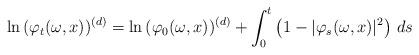
LaTeX: \begin{align*}\textrm{ln} \, (\varphi_t (\omega,x))^{(d)} = \textrm{ln} \, (\varphi_0 (\omega,x))^{(d)} + \int_0^t \left( 1 - | \varphi_s(\omega,x) |^2 \right) \, ds\end{align*}